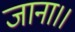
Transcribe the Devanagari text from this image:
जाना।।